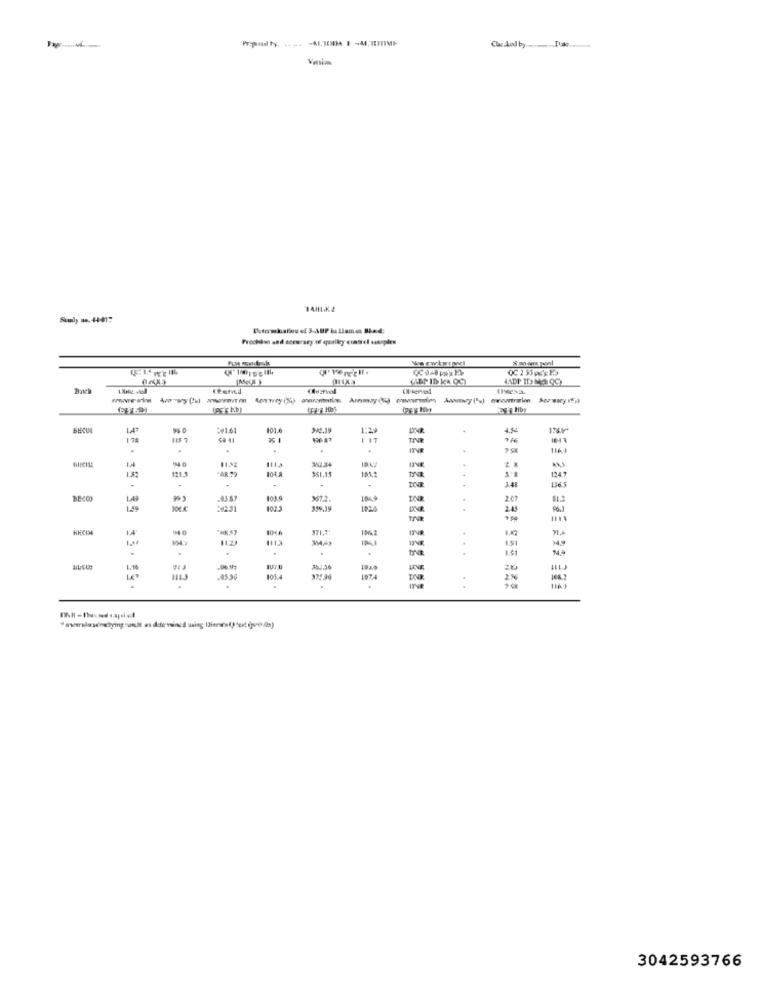
Varias
Suly no. 44-417
Determkalles ef 3-ABP la llamaa Bad:
Prochdan and accuracy if qualkey contrel samples
101.6
1:29
DINR
178
S# 41
.
.
1113
121.1
108.
361.14
101.1
1247
1.82
-
.
-
3-41
LA
3572.
207
242.31
102
256.19
1924
DNB
245
1046
371.7
10%2
1.00
1123
1.51
.
...
1.51
103.
1113
.0550
2%
3042593766